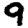
Digit: 9